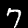
Digit: 7